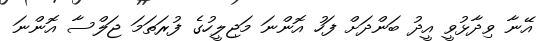
އޭނާ ވިދާޅުވީ އީދު ބަންދަށް ފަހު އޮންނަ މަޖިލީހުގެ ފުރަތަމަ ޖަލްސާ އޮންނަ